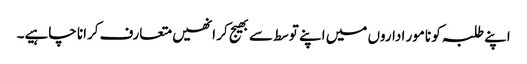
اپنے طلبہ کو نامور اداروں میں اپنے توسط سے بھیج کر انھیں متعارف کرانا چاہیے۔